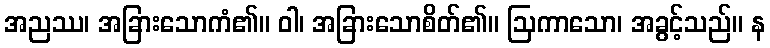
အညဿ၊ အခြားသောကံ၏။ ဝါ၊ အခြားသောစိတ်၏။ ဩကာသော၊ အခွင့်သည်။ န